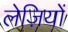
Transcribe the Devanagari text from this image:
लेज़ियों